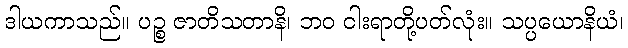
ဒါယကာသည်။ ပဉ္စ ဇာတိသတာနိ၊ ဘဝ ငါးရာတို့ပတ်လုံး။ သပ္ပယောနိယံ၊